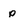
Character: p